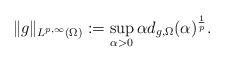
\begin{align*}\|g\|_{L^{p,\infty}(\Omega)}:= \sup_{\alpha>0}\alpha d_{g,\Omega}(\alpha)^{\frac{1}{p}}.\end{align*}